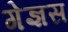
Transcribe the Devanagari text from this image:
गेज्ञस